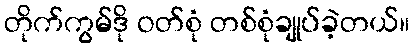
တိုက်ကွမ်ဒို ဝတ်စုံ တစ်စုံချုပ်ခဲ့တယ်။